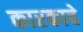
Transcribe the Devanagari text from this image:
कारकाचे